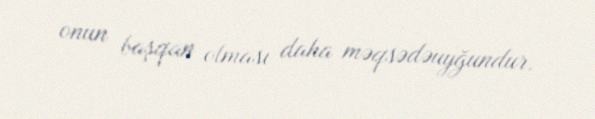
onun başqan olması daha məqsədəuyğundur.